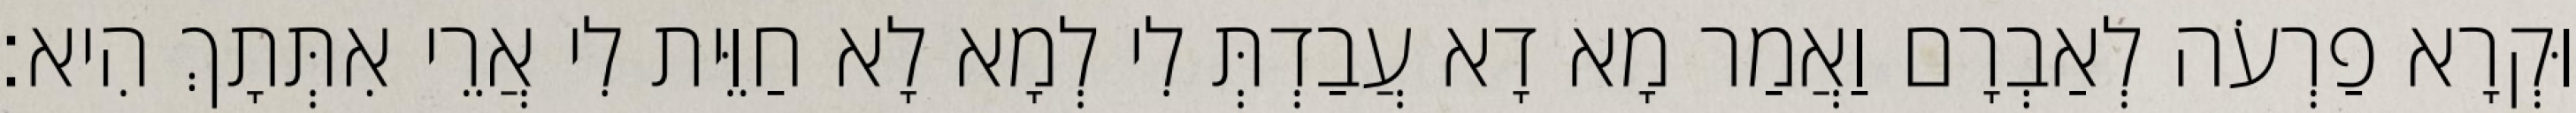
וּקְרָא פַרְעֹה לְאַבְרָם וַאֲמַר מָא דָא עֲבַדְתְּ לִי לְמָא לָא חַוֵּית לִי אֲרֵי אִתְּתָךְ הִיא׃